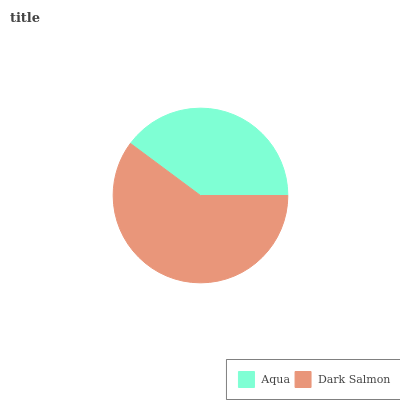
| Aqua | Dark Salmon |
 | --- | --- |
 | 39.8% | 60.2% |